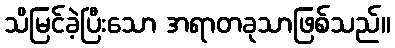
သိမြင်ခဲ့ပြီးသော အရာတခုသာဖြစ်သည်။